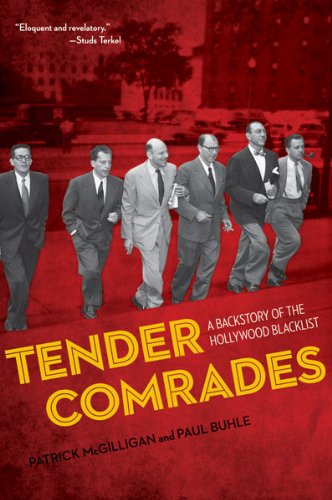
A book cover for Tender Comrades: A Backstory of the Hollywood Blacklist; Patrick McGilligan; Arts & Photography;